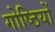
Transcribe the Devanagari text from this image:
गोष्‍ठियों